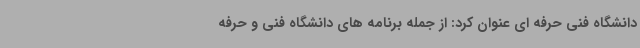
دانشگاه فنی حرفه ای عنوان کرد: از جمله برنامه های دانشگاه فنی و حرفه